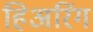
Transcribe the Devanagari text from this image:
हिअरिंग